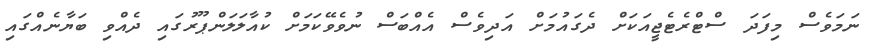
ނަމަވެސް މިފަދަ ސްޓްރެޓެޖީއަކަށް ދެގައުމަށް އަދިވެސް އެއްބަސް ނުވެވޭކަމަށް ކުއާލަލަންޕޫރުގައި ދެއްވި ބަޔާނެއްގައި